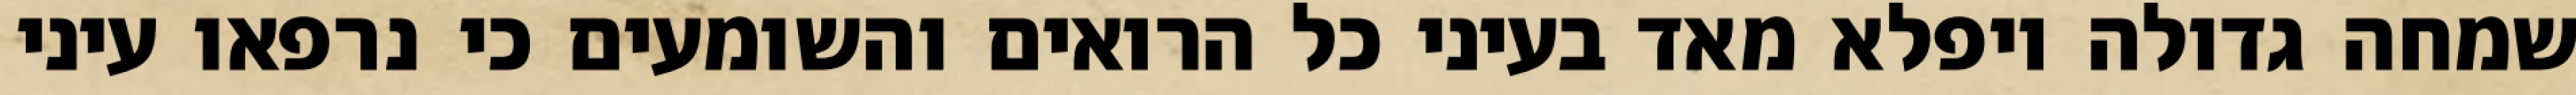
שמחה גדולה ויפלא מאד בעיני כל הרואים והשומעים כי נרפאו עיני